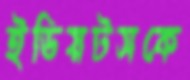
ইডিয়টসকে